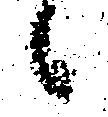
候